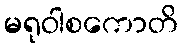
မရုဝါစကောတိ